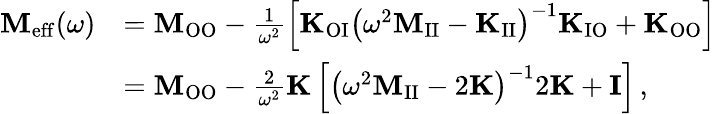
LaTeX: \begin{array}{rl}{\mathbf{M}_{\mathrm{eff}}(\omega)}&{=\mathbf{M}_{\mathrm{OO}}-\frac{1}{\omega^{2}}\left[\mathbf{K}_{\mathrm{OI}}\left(\omega^{2}\mathbf{M}_{\mathrm{II}}-\mathbf{K}_{\mathrm{II}}\right)^{-1}\mathbf{K}_{\mathrm{IO}}+\mathbf{K}_{\mathrm{OO}}\right]}\\ &{=\mathbf{M}_{\mathrm{OO}}-\frac{2}{\omega^{2}}\mathbf{K}\left[\left(\omega^{2}\mathbf{M}_{\mathrm{II}}-2\mathbf{K}\right)^{-1}2\mathbf{K}+\mathbf{I}\right]\, ,}\end{array}